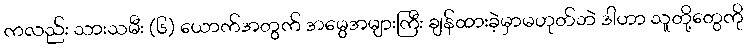
ကလည်း သားသမီး (၆) ယောက်အတွက် အမွေအများကြီး ချန်ထားခဲ့မှာမဟုတ်ဘဲ ဒါဟာ သူတို့တွေကို